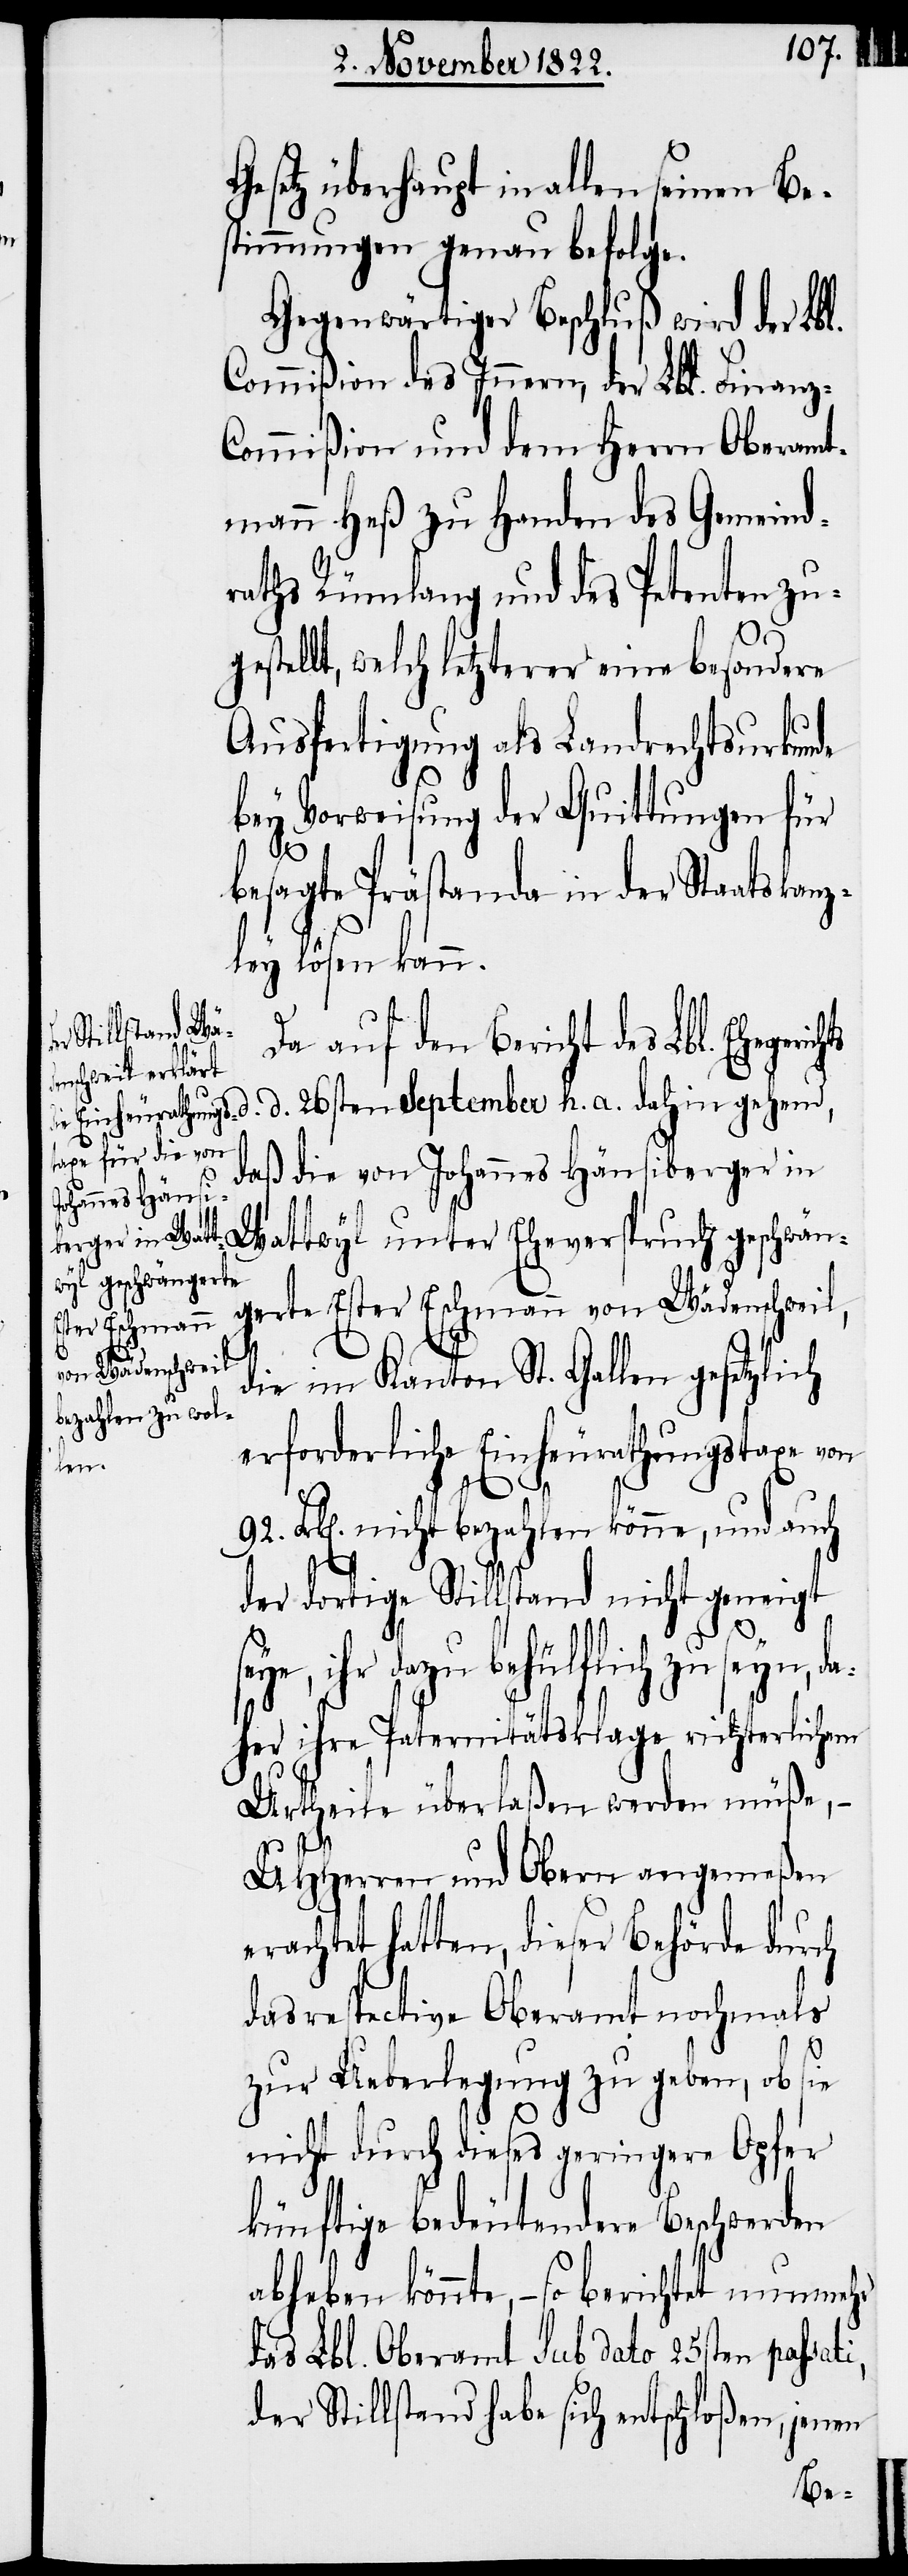
überhaupt in allen seinen Be¬
stimmungen genau befolge.
Gegenwärtiger Beschluß wird der Lbl.
Commißion des Innern, der Lbl. Finan¬
ommißion und dem Herrn Oberamt¬
mann Heß zu Handen des Gemeind¬
raths Rümlang und des Petenten zu¬
i,
gestellt, welch letzterer eine besondere
Ausfertigung als Landrechtsurkunde
bey Vorweisung der Quittungen für
besagte Prästanda in der Staatskanz¬
ley lösen kann.
Da auf den Bericht des Lbl.
Ehegerichts d. d. 26sten September h. a. dahingehend,
daß die von Johannes Hänsiberger in
Wattwyl unter Eheverspruch geschwän¬
gerte Ester Eschmann von Wädenschweil,
die im Kanton St. Gallen gesetzlich
erforderliche Einheurathungstaxe von
da¬
Frk[en]. nicht bezahlen könne, und auch
der dortige Stillstand nicht geneigt
ihr dazu behülflich zu seyn,
her ihre Paternitätsklage richterlichem
Urtheile überlaßen werden müße, –
UHHerren und Obern angemeßen
erachtet hatten, dieser Behörde durch
das respective Oberamt nochmals
zur Ueberlegung zu geben, ob sie
nicht durch dieses geringere Opfer
künftige bedeutendere Beschwerden
abheben könnte, – so berichtet nunmehr
das Lbl. Oberamt sub dato 25ten passat¬
der Stillstand habe sich entschloßen, jenen